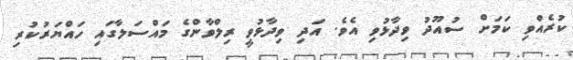
ކުރެއްވި ކަމަށް ސުއޫދު ވިދާޅުވި އެވެ. އަދި ވިދާޅުވީ ރިލްވާންގެ މައްސަލާގައި ހައްޔަރުކުރި